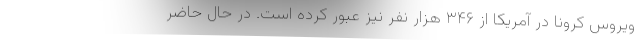
ویروس کرونا در آمریکا از ۳۴۶ هزار نفر نیز عبور کرده است. در حال حاضر